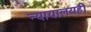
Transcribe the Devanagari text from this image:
न्यायालयही